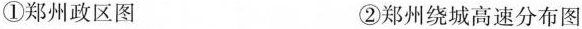
①郑州政区图 ②郑州绕城高速分布图